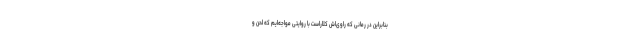
بنابراین در رمانی که راوی‌اش کلاراست با روایتی مواجه‌ایم که لحن و